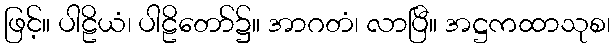
ဖြင့်။ ပါဠိယံ၊ ပါဠိတော်၌။ အာဂတံ၊ လာပြီ။ အဋ္ဌကထာသုစ၊